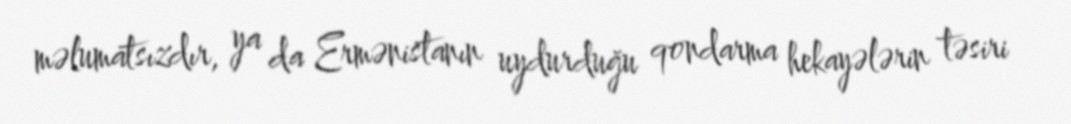
məlumatsızdır, ya da Ermənistanın uydurduğu qondarma hekayələrin təsiri